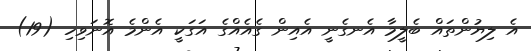
އެ ލިޔުންތައް ބެލީމާ އެނގެނީ އެއިން ގެއެއްގެ އަގަކީ އެންމެ އޮނަވިހި (19)